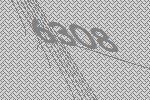
6308